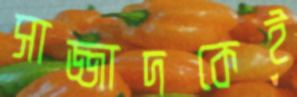
সাজ্জাদকেই